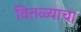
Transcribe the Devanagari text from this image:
वितळ्याचा